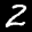
Label: 2